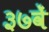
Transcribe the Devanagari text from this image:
३७वें